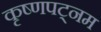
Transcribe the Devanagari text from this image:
कृष्णपट्नम